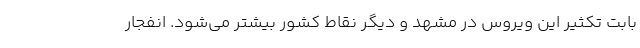
بابت تکثیر این ویروس در مشهد و دیگر نقاط کشور بیشتر می‌شود. انفجار